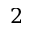
2